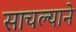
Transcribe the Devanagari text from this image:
साचल्याने